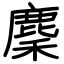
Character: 麇